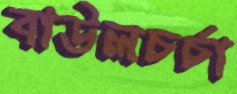
বাউলচর্চা